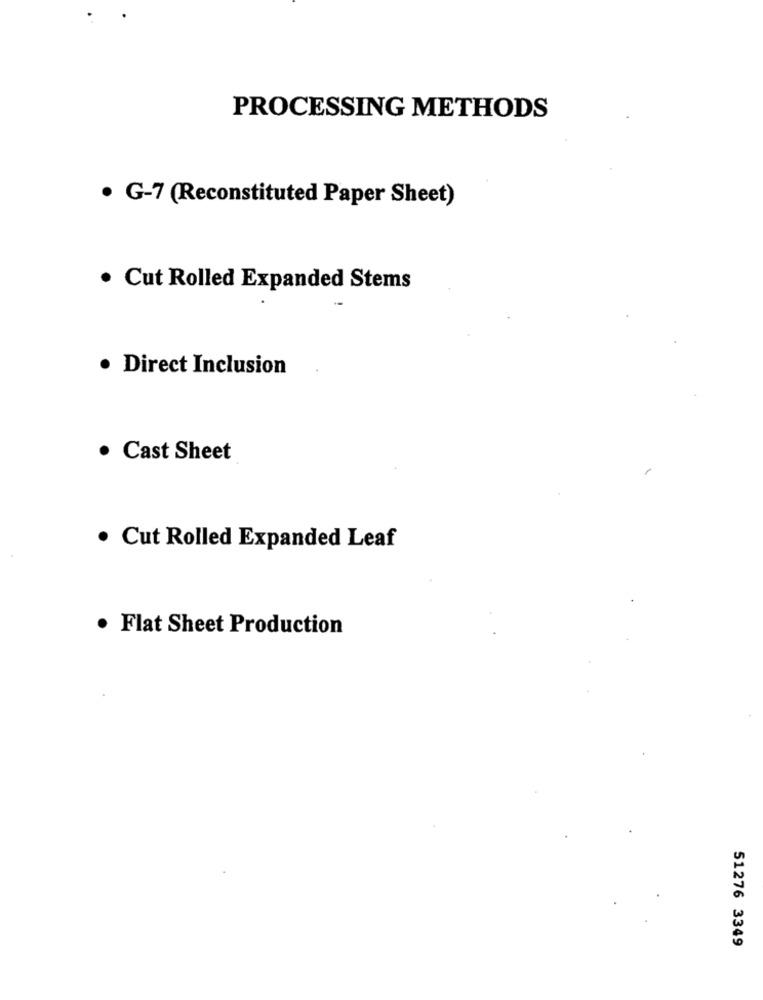
PROCESSING METHODS
· G-7 (Reconstituted Paper Sheet)
. Cut Rolled Expanded Stems
. Direct Inclusion
· Cast Sheet
· Cut Rolled Expanded Leaf
· Flat Sheet Production
51276 3349